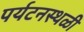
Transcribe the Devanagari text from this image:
पर्यटनस्‍थळी